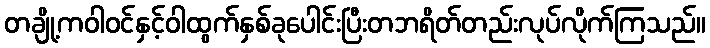
တချို့ကဝါဝင်နှင့်ဝါထွက်နှစ်ခုပေါင်းပြီးတဘရိတ်တည်းလုပ်လိုက်ကြသည်။